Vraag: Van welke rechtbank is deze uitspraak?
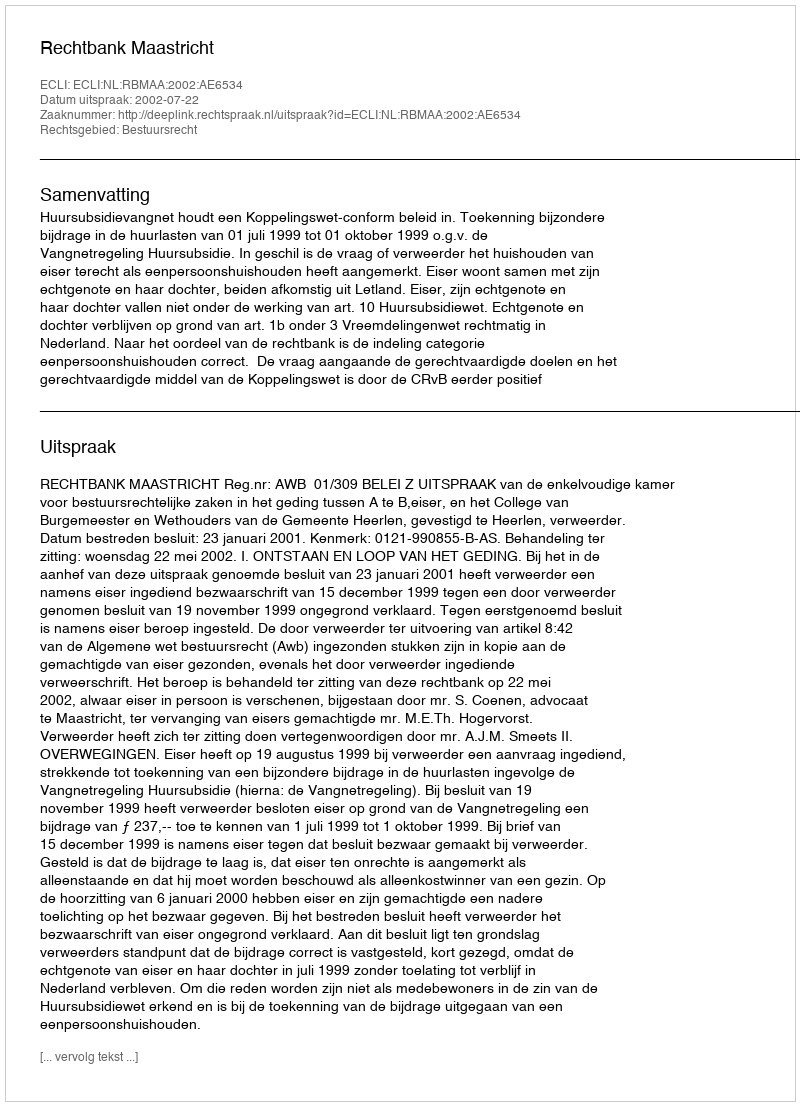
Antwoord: Rechtbank Maastricht